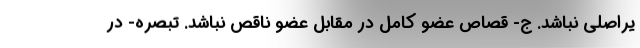
یراصلی نباشد. ج- قصاص عضو کامل در مقابل عضو ناقص نباشد. تبصره- در